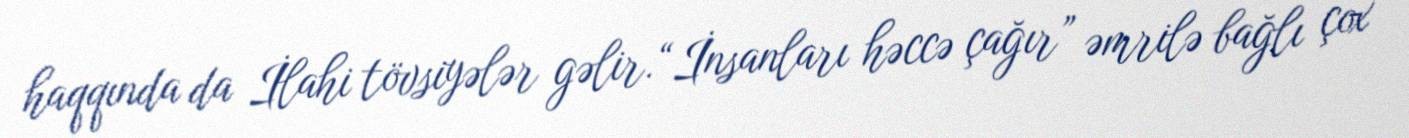
haqqında da İlahi tövsiyələr gəlir.“İnsanları həccə çağır” əmrilə bağlı çox